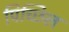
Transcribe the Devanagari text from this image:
पिच्छिल